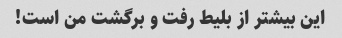
این بیشتر از بلیط رفت و برگشت من است!